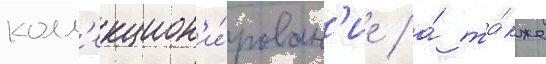
колл'екцион'и́рован'ие / а́ та́кже